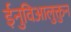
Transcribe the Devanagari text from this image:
ईनुविआलुक्तुन